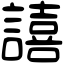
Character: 譆